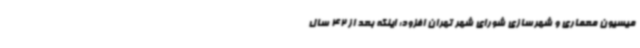
میسیون معماری و شهرسازی شورای شهر تهران افزود: اینکه بعد از 42 سال